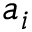
a _ { i }